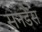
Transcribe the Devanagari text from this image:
सनडैंस